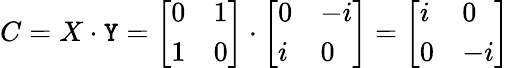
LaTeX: C=X\cdot\mathtt{Y}={\left[\begin{array}{ll}{0}&{1}\\ {1}&{0}\end{array}\right]}\cdot{\left[\begin{array}{ll}{0}&{-i}\\ {i}&{0}\end{array}\right]}={\left[\begin{array}{ll}{i}&{0}\\ {0}&{-i}\end{array}\right]}